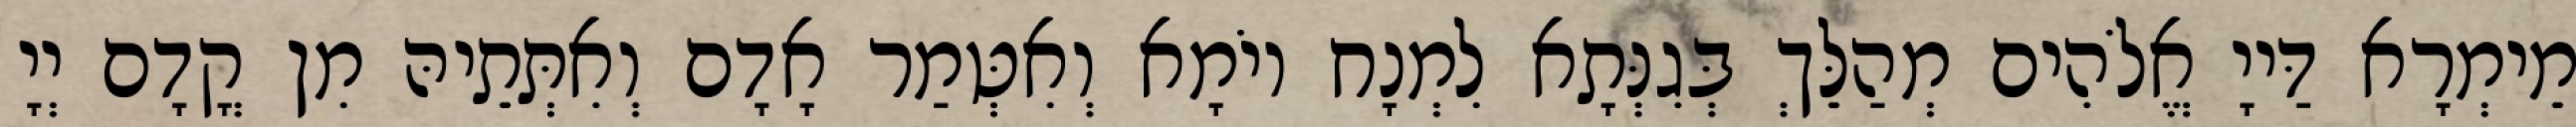
מֵימְרָא דַּייָ אֱלֹהִים מְהַלֵּךְ בְּגִנְּתָא לִמְנָח יוֹמָא וְאִטְּמַר אָדָם וְאִתְּתֵיהּ מִן קֳדָם יְיָ